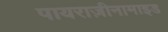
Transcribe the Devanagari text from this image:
पायराज़ीनामाइड